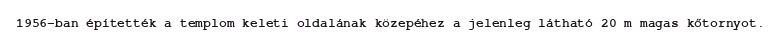
1956-ban építették a templom keleti oldalának közepéhez a jelenleg látható 20 m magas kőtornyot.